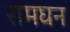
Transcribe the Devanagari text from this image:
रामघन